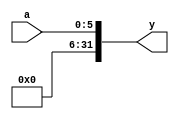
module signextend2(
        input  wire [5:0] a,
        output wire [31:0] y
    );
    assign y = {26'b00000000000000000000000000,a};
endmodule